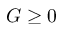
G \geq 0